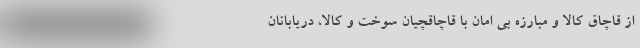
از قاچاق کالا و مبارزه بی امان با قاچاقچیان سوخت و کالا، دریابانان